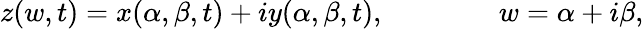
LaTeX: z(w,t)=x(\alpha,\beta,t)+iy(\alpha,\beta,t),\qquad\qquad w=\alpha+i\beta,